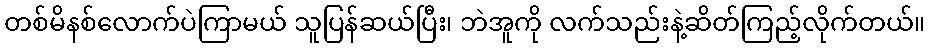
တစ်မိနစ်လောက်ပဲကြာမယ် သူပြန်ဆယ်ပြီး၊ ဘဲအူကို လက်သည်းနဲ့ဆိတ်ကြည့်လိုက်တယ်။